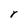
Character: r